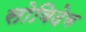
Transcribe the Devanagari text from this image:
सोविदेव